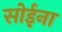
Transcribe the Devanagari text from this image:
सोईना